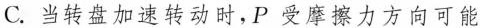
C.当转盘加速转动时，P受摩擦力方向可能